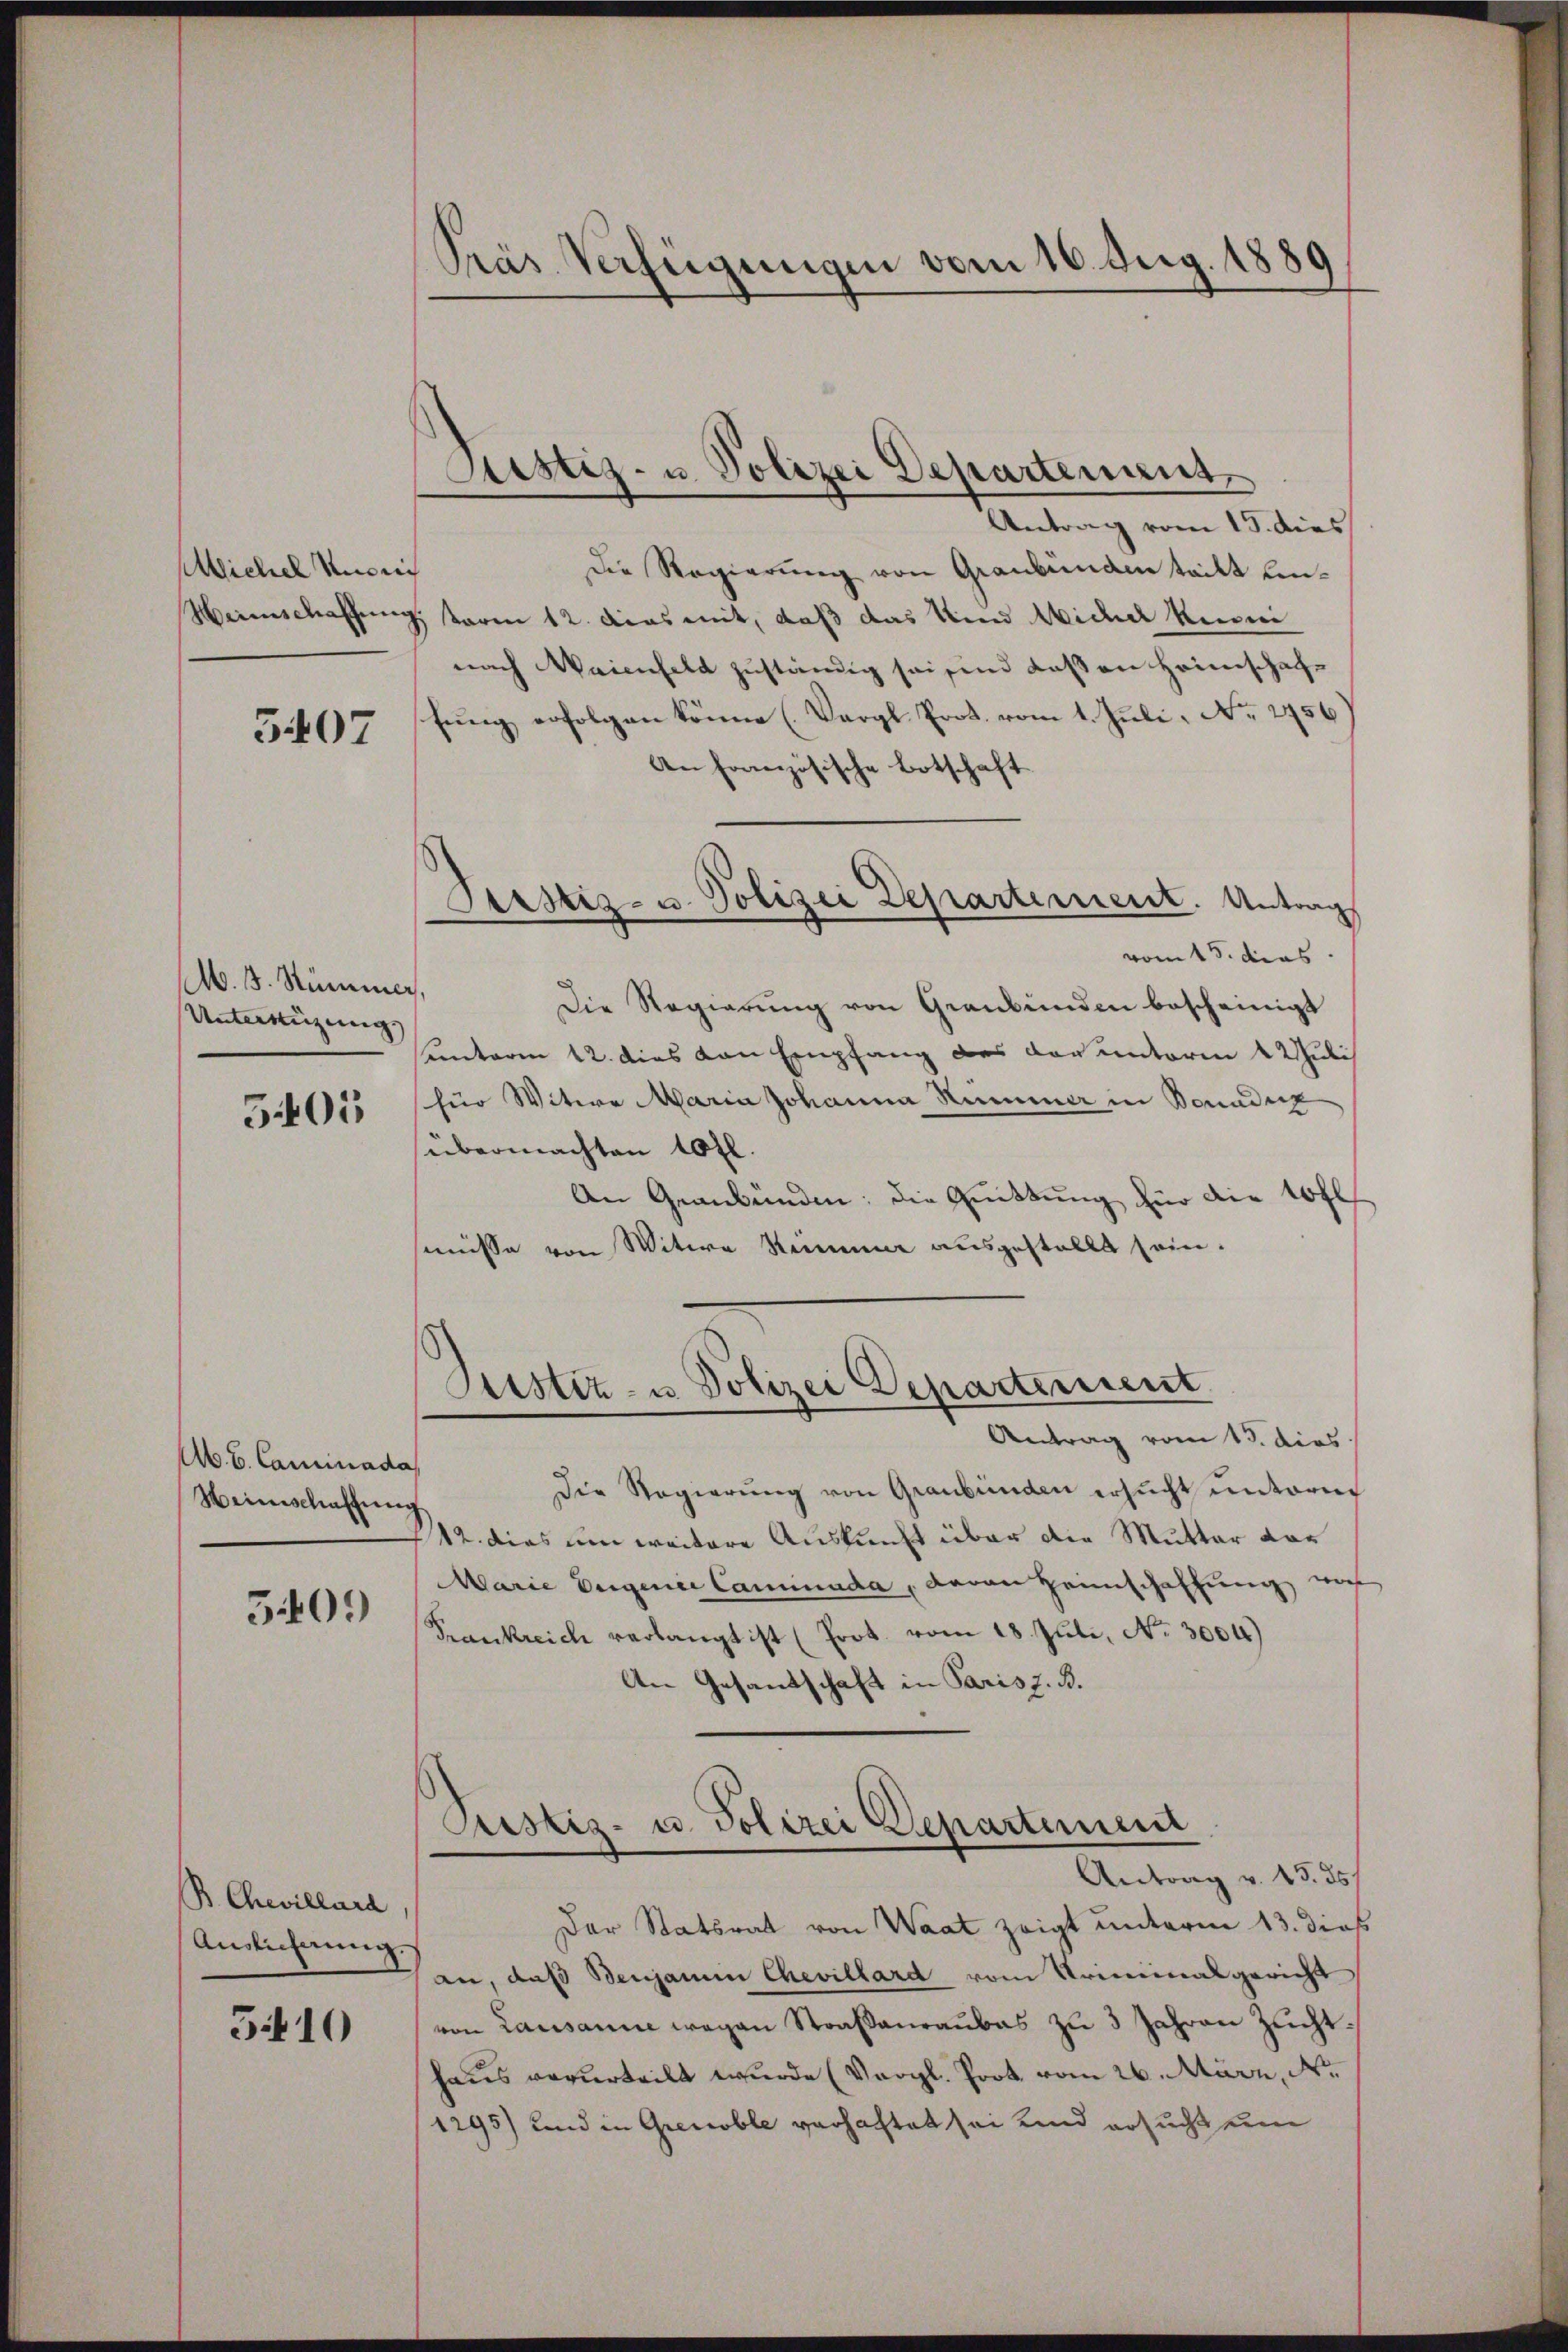
Michel Ausric
Herinschaffung

5407

A. 3. Stimmer
Unterenzung

5403

Ab. B. Caminada
Weinschaffung

3409

B. Chevillard
Auslichung.

510

Pras Verfügungen vom 16. Aug. 1889

Justiz- u. Polizei Departement

Antrag vom 15. dies
Die Regierung von Graubünden tailt hin¬
 Toren 12. das mit, daß das und Wicher Reini
nach Waienfeld zuständig sei sind daß an Heimschaffung erfolgen könne (Vergl. Prot. vom 1. Juli No 2956
An französische Botschaft
vom 15. dies
f¬
Die Regierung von Graubünden bescheinigt
unterm 12. dies von Empfang des darunterm 1 Juli
für Witwe Maria Johanna Nummer in Benadig
übermachten 10 fl.
An Graubünden; die Quittung für die 10 fl
mmisse von Witwe Steinung ausgestellt sein.
Juestiz- u Polizei Departement
Antrag vom 13. dies
Die Regierŭng von Graubünden ersŭcht untere
212. dies um weitere Auskunft über die Mutter vor
Marie Eigence Caminada, daran Heimschaffung vo
Frankreich verlangt ist (Prot. vom 18. Juli, No. 3004)
An Gesandschaft in Paris z. B.
Justiz- u. Polizei Departement
Antrag v. 13. ds.
Der Statsrat von Waat zeigt unterm 13. dies
an, daß Benjamin Chevillard vom Kriminalgericht
von Lausanne wegen Straßenraubes zu 3 Jahren Zucht.
haus verurteilt wurde (Vergl. Prot. vom 26. März, N.
1295) und in Grenoble verhaftet sei und ersucht un

Justiz- u. Polizei Departement. Antrag